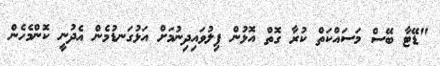
"ޑޭޓާ ބޭސް މަސައްކަތް ކުރާ ގޮތް އޮޅުން ފިލުވައިދިނުމަށް އަޅުގަނޑުމެން އެދުނީ ކޮންމެހެން